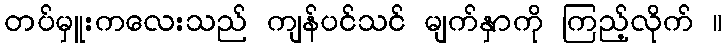
တပ်မှူးကလေးသည် ကျန်ပင်သင် မျက်နှာကို ကြည့်လိုက် ။